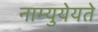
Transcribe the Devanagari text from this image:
नाम्युयेयते